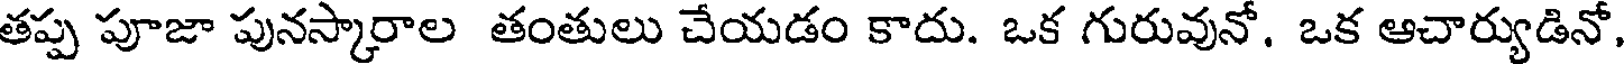
తప్ప పూజా పునస్కారాల తంతులు చేయడం కాదు. ఒక గురువునో. ఒక ఆచార్యుడినో,